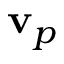
\mathbf { v } _ { p }